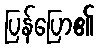
ပြန်ပြော၏